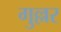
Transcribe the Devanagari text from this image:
गुल्लर